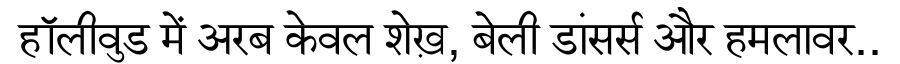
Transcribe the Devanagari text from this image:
हॉलीवुड में अरब केवल शेख़, बेली डांसर्स और हमलावर..